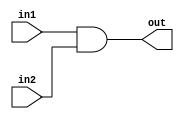
/* 

Create your own 2-input Verilog gates called my-and
from 2-input nand gates. Check the functionality of these gates with 
a stimulusmodule.

*/

module my_and(in1,in2,out);

input in1,in2;

output out;

wire w1;

nand (w1,in1,in2);

nand (out,w1);

endmodule